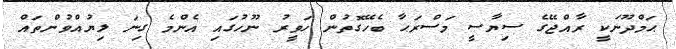
ޙަމްދޫނަކީ ރާއްޖޭގެ ސިޔާސީ މަސްރަޙާ ބެހޭގޮތުން ހަވީރު ނޫހުގައި އެންމެ ގިނަ ލިޔުއްވުންތައް